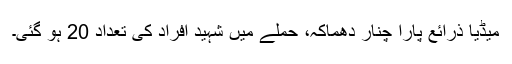
میڈیا ذرائع پارا چنار دھماکہ، حملے میں شہید افراد کی تعداد 20 ہو گئی۔